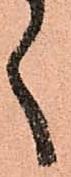
く